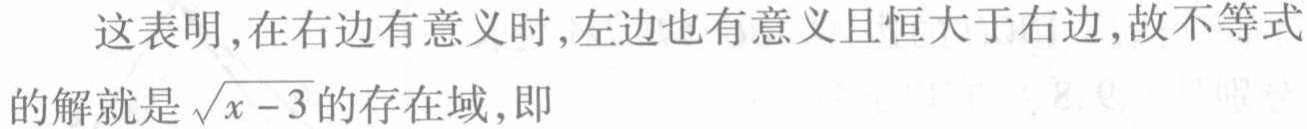
这表明,在右边有意义时,左边也有意义且恒大于右边,故不等式
的解就是\(\sqrt{x - 3}\)的存在域,即